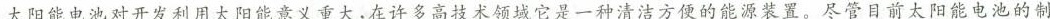
太阳能电池对开发利用太阳能意义重大，在许多高技术领域它是一种清洁方便的能源装置。尽管目前太阳能电池的制